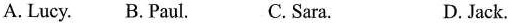
A. Lucy. B. Paul. C. Sara. D. Jack.